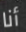
أنا